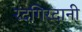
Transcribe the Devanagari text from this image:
रदगिरदानी